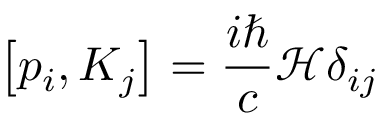
\left[ p _ { i } , K _ { j } \right] = { \frac { i \hbar } { c } } { \mathcal { H } } \delta _ { i j }